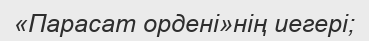
«Парасат ордені»нің иегері;